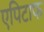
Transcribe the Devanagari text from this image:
एपिटाफ